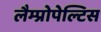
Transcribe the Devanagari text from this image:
लैम्प्रोपेल्टिस